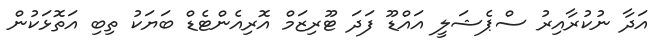
އަދާ ނުކުރާއިރު ސްޕެޝަލީ އައްޑޫ ފަދަ ޓޫރިޒަމް އޮރިއެންޓެޑް ބަޔަކު ތިބި އަތޮޅަކުން